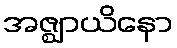
အဇ္ဈာယိနော